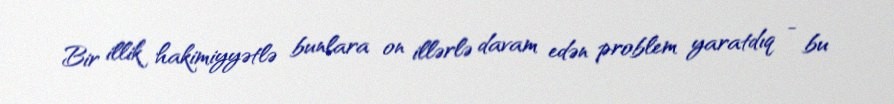
Bir illik hakimiyyətlə bunlara on illərlə davam edən problem yaratdıq - bu